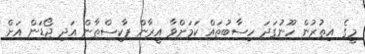
މީގެ އިތުރުން ހޫނުގަދަ ހިސާބުތައް ކަމަށްވާ އީރާން ޕާކިސްތާން އަދި ޖޯޑަން އަށް